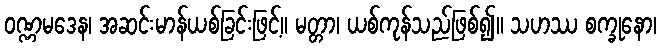
ဝဏ္ဏမဒေန၊ အဆင်းမာန်ယစ်ခြင်းဖြင့်။ မတ္တာ၊ ယစ်ကုန်သည်ဖြစ်၍။ သဟဿ စက္ခုနော၊